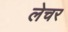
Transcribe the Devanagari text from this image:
लेचर